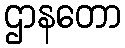
ဌာနတော